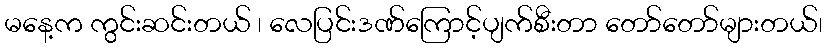
မနေ့က ကွင်းဆင်းတယ် ၊ လေပြင်းဒဏ်ကြောင့်ပျက်စီးတာ တော်တော်များတယ်၊